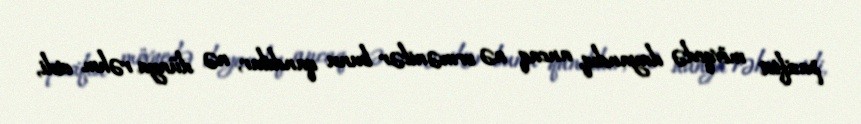
pasifist mövqedə dayandıq, ancaq nə ermənilər bunu qandılar, nə dünya rəhm etdi,